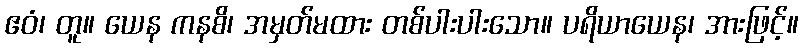
ဧဝံ၊ တူ။ ယေန ကနစိ၊ အမှတ်မထား တစ်ပါးပါးသော။ ပရိယာယေန၊ အားဖြင့်။